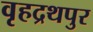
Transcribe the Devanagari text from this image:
वृहद्रथपुर